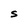
Character: S